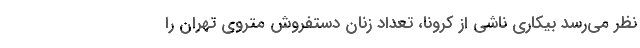
نظر می‌رسد بیکاری ناشی از کرونا، تعداد زنان دستفروش متروی تهران را